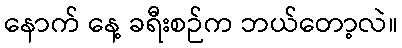
နောက် နေ့ ခရီးစဉ်က ဘယ်တော့လဲ။